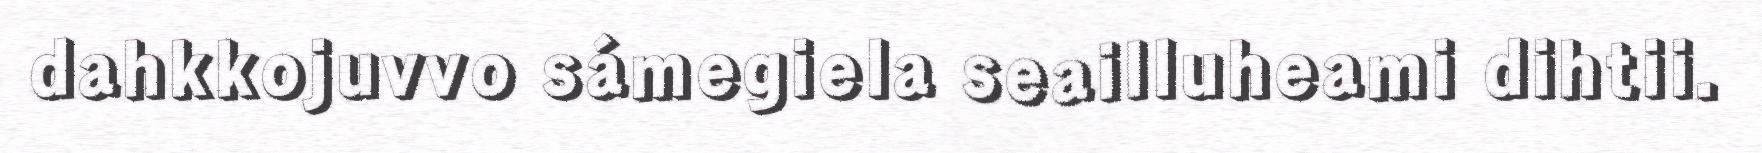
dahkkojuvvo sámegiela seailluheami dihtii.